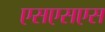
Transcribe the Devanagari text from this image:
एसएसएस